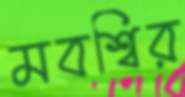
মবশ্বির